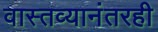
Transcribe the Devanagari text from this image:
वास्तव्यानंतरही